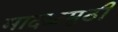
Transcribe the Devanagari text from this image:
मादळमुठी